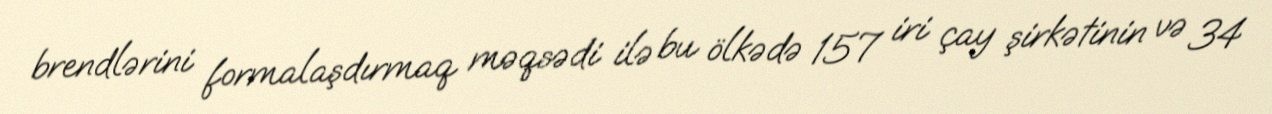
brendlərini formalaşdırmaq məqsədi ilə bu ölkədə 157 iri çay şirkətinin və 34